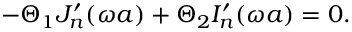
- \Theta _ { 1 } J _ { n } ^ { \prime } ( \omega a ) + \Theta _ { 2 } I _ { n } ^ { \prime } ( \omega a ) = 0 .